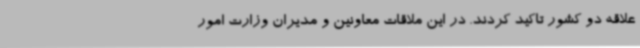
علاقه دو کشور تاکید کردند. در این ملاقات معاونین و مدیران وزارت امور